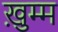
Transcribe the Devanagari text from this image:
ख़ुम्म